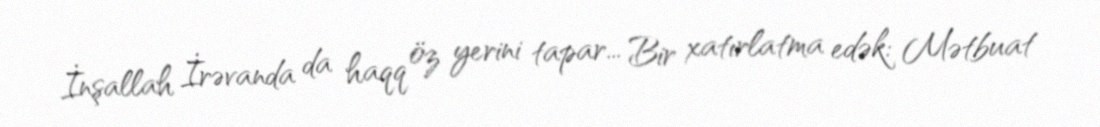
İnşallah İrəvanda da haqq öz yerini tapar... Bir xatırlatma edək: Mətbuat